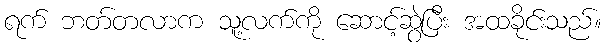
ရက် ဘတ်တလာက သူ့လက်ကို ဆောင့်ဆွဲပြီး အထခိုင်းသည်။